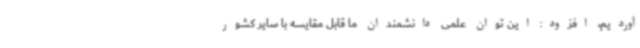
آوردیم، افزود: این توان علمی دانشمندان ما قابل مقایسه با سایر کشور